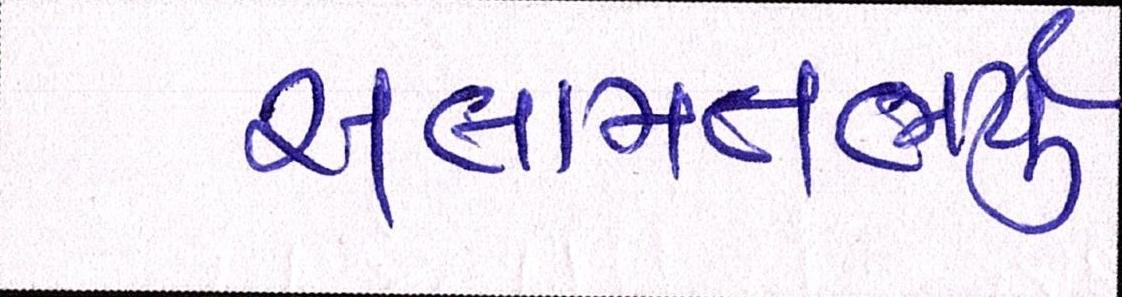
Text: સલામતભર્યું